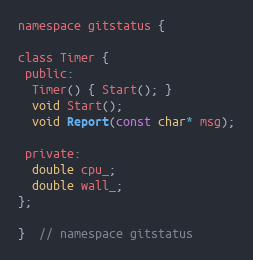
Language: C
namespace gitstatus {

class Timer {
 public:
  Timer() { Start(); }
  void Start();
  void Report(const char* msg);

 private:
  double cpu_;
  double wall_;
};

}  // namespace gitstatus